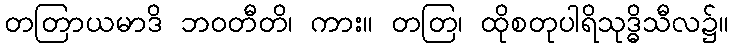
တတြာယမာဒိ ဘဝတီတိ၊ ကား။ တတြ၊ ထိုစတုပါရိသုဒ္ဓိသီလ၌။